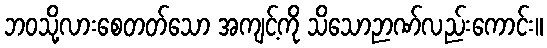
ဘဝသို့လားစေတတ်သော အကျင့်ကို သိသောဉာဏ်လည်းကောင်း။